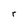
Character: r